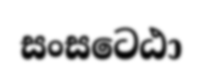
සංසටෙඨා